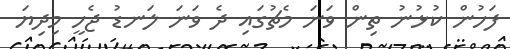
ފަހުން ކުޅުނު ތިން ވަނަ މެޗުގައި ދެ ވަނަ ލަނޑު ޖެހީ މިދިޔަ